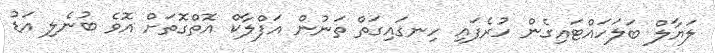
ލަޔާލް ބަލަހައްޓައިގެން ހުރެފައި ހިނގައިގަތް ތަނުން އަފްލާކް އޮތްގޮތަށް އޮވެ ބުނެލި އަޑު